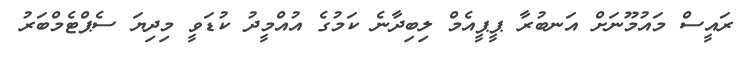
ރައީސް މައުމޫނަށް އަނބުރާ ޕީޕީއެމް ލިބިދާނެ ކަމުގެ އުއްމީދު ކުޑަވީ މިދިޔަ ސެޕްޓެމްބަރު